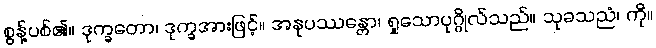
စွန့်ပစ်၏။ ဒုက္ခတော၊ ဒုက္ခအားဖြင့်။ အနုပဿန္တော၊ ရှုသောပုဂ္ဂိုလ်သည်။ သုခသညံ၊ ကို။